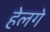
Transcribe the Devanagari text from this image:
हेलगे